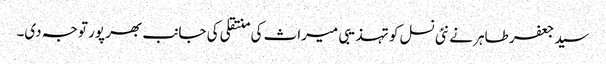
سید جعفر طاہر نے نئی نسل کو تہذیبی میراث کی منتقلی کی جانب بھر پور توجہ دی۔